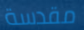
مقدسة